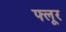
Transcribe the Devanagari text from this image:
फ्लूर